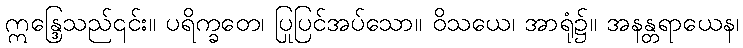
ဣန္ဒြေသည်၎င်း။ ပရိက္ခတေ၊ ပြုပြင်အပ်သော။ ဝိသယေ၊ အာရုံ၌။ အနန္တရာယေန၊